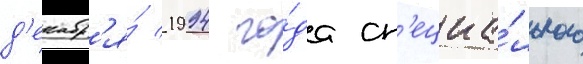
д'екабр'я́ 1994 го́да сп'ециа́льного